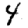
Digit: 4